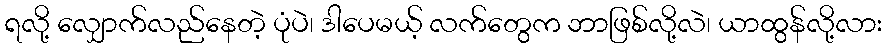
ရလို့ လျှောက်လည်နေတဲ့ ပုံပဲ၊ ဒါပေမယ့် လက်တွေက ဘာဖြစ်လို့လဲ၊ ယာထွန်လို့လား